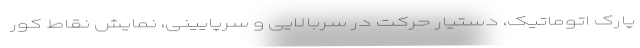
پارک اتوماتیک، دستیار حرکت در سربالایی و سرپایینی، نمایش نقاط کور